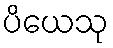
ပိယေသု